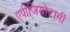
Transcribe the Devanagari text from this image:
एपीजियोटामी